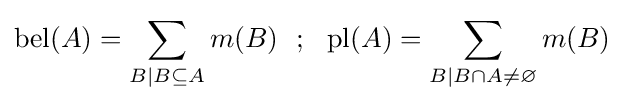
\operatorname {bel} (A)=\sum _{B\mid B\subseteq A}m(B)\,\,\,\,;\,\,\,\,\operatorname {pl} (A)=\sum _{B\mid B\cap A\neq \varnothing }m(B)